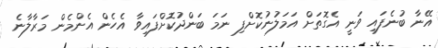
އޭނާ ބުނެފައި ވަނީ އެގޮތަށް އަމަލުނުކޮށްފި ނަމަ ބަންދުކޮށްފައިވާ އެހެން އެންމެން މަރާލާނެ